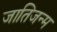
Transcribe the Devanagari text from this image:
जातिजन्म